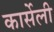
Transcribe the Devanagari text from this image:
कार्सेली